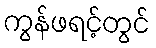
ကွန်ဖရင့်တွင်